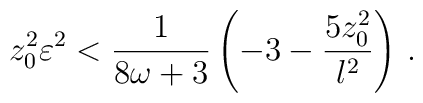
z_0 ^2 \varepsilon^2 < {1 \over {8\omega +3}} \left(-3 -{{5z_0^2}\over l^2} \right) \, .